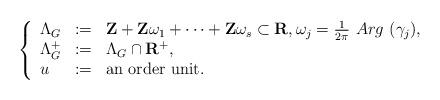
LaTeX: \begin{align*}\left\{\begin{array}{lll}\Lambda_G &:=& \mathbf{Z}+\mathbf{Z}\omega_1+\dots+\mathbf{Z}\omega_s\subset\mathbf{R}, \omega_j={1\over 2\pi}~Arg~(\gamma_j),\\\Lambda_G^+ &:=& \Lambda_G\cap\mathbf{R}^+,\\u &:=& \hbox{\textnormal{an order unit.}}\end{array}\right.\end{align*}